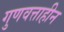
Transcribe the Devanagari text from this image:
गुणवत्ताहीन